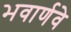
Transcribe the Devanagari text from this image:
भवार्णवे